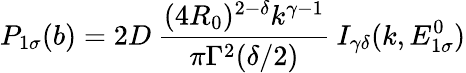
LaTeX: P_{1\sigma}(b)=2D\: \frac{(4R_{0})^{2-\delta}k^{\gamma-1}}{\pi\Gamma^{2}(\delta/2)}\: I_{\gamma\delta}(k,E_{1\sigma}^{0})